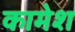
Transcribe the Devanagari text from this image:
कामेश